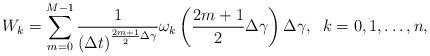
LaTeX: \begin{align*}W_{k}=\sum_{m=0}^{M-1}\frac{1}{\left( \Delta t\right) ^{\frac{2m+1}{2}\Delta\gamma }}\omega _{k}\left( \frac{2m+1}{2}\Delta \gamma \right) \Delta \gamma,\;\;k=0,1,\ldots ,n, \end{align*}